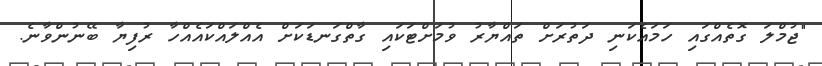
"ޖުމްލަ ގޮތެއްގައި ހަމައެކަނި ދަތުރަށް ތައްޔާރު ވުމަށްޓަކައި ގާތްގަނޑަކަށް އެއްލައްކައެއްހާ ރުފިޔާ ބޭނުންވާނެ.